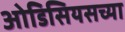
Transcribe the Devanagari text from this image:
ओडिसियसच्या